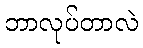
ဘာလုပ်တာလဲ